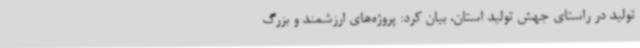
تولید در راستای جهش تولید استان، بیان کرد: پروژه‌های ارزشمند و بزرگ